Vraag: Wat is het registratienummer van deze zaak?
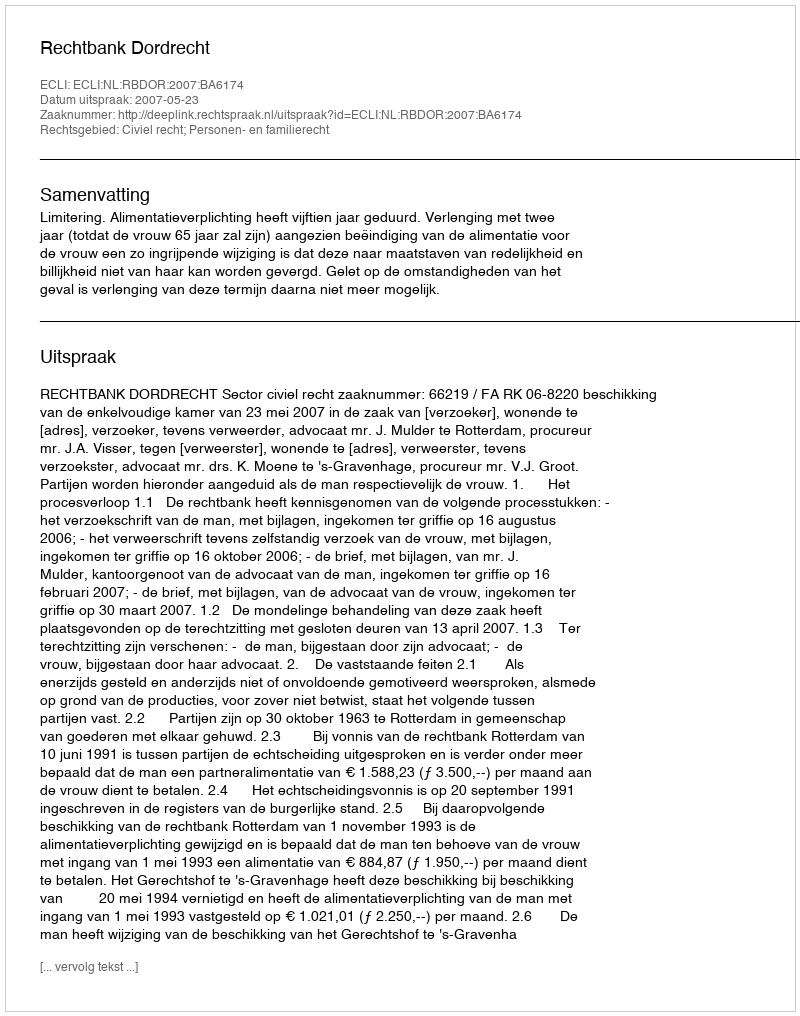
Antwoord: http://deeplink.rechtspraak.nl/uitspraak?id=ECLI:NL:RBDOR:2007:BA6174